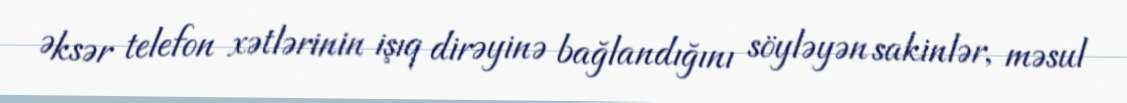
Əksər telefon xətlərinin işıq dirəyinə bağlandığını söyləyən sakinlər, məsul